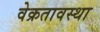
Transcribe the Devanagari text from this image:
वेक्रतावस्था